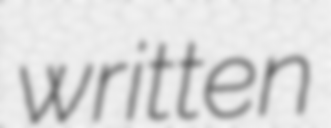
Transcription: written